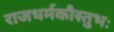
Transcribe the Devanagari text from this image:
राजधर्मकौस्तुभः